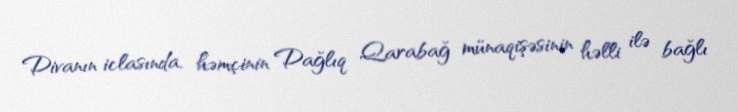
Divanın iclasında, həmçinin Dağlıq Qarabağ münaqişəsinin həlli ilə bağlı